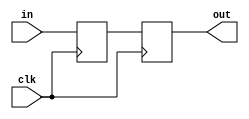
`timescale 1ns / 1ps
//////////////////////////////////////////////////////////////////////////////////
// Company: 
// Engineer: 
// 
// Design Name: 
// Module Name:    BaseSynchronizer 
// Project Name: 
// Target Devices: 
// Tool versions: 
// Description: 
//
// Dependencies: 
//
// Revision: 
// Revision 0.01 - File Created
// Additional Comments: 
//
//////////////////////////////////////////////////////////////////////////////////
//pulse synchronizer
module BaseSynchronizer( clk,in,
	out);
	parameter NSYNC = 2;  // number of sync flops.  must be >= 2
	input clk;
	input in;
	output out;

	reg [NSYNC-2:0] sync;
	reg out;

	always @ (posedge clk)
	begin
		{out,sync} <= {sync[NSYNC-2:0],in};
	end

endmodule